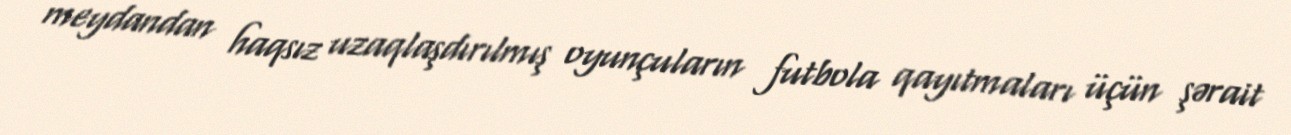
meydandan haqsız uzaqlaşdırılmış oyunçuların futbola qayıtmaları üçün şərait